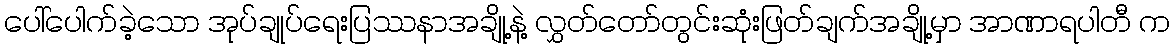
ပေါ်ပေါက်ခဲ့သော အုပ်ချုပ်ရေးပြဿနာအချို့နဲ့ လွှတ်တော်တွင်းဆုံးဖြတ်ချက်အချို့မှာ အာဏာရပါတီ က